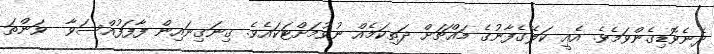
ދެނެވޮޑިގެންވަމެވެ. އެއީ ކަލޭގެފާނުގެ މައްޗަށް ދަތިކަމެއް ނުވުމަށްޓަކައެވެ. ގިނަގިނައިން ފާފަފުއްސަވާ  ވަންތަ